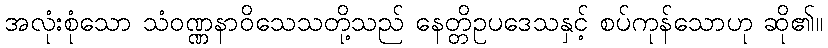
အလုံးစုံသော သံဝဏ္ဏနာဝိသေသတို့သည် နေတ္တိဥပဒေသနှင့် စပ်ကုန်သောဟု ဆို၏။